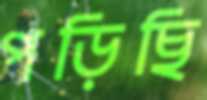
পড়িছি